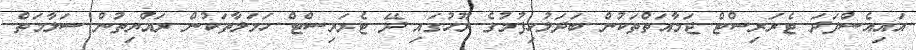
އައިއެސްފަދަ ޓެރަރިސްޓް ޖަމާއަތްތަކުން ބަދަލުހިފުމުގެ ރޫހުގައި ދޭ ޓެރަރިސްޓް ހަމަލާތަކުން ރައްޔިތުން ސަލާމަތް